Civil Veterinary Department. Central Provinces & Berar 1925-31 - 1925-1931
Year: 1925
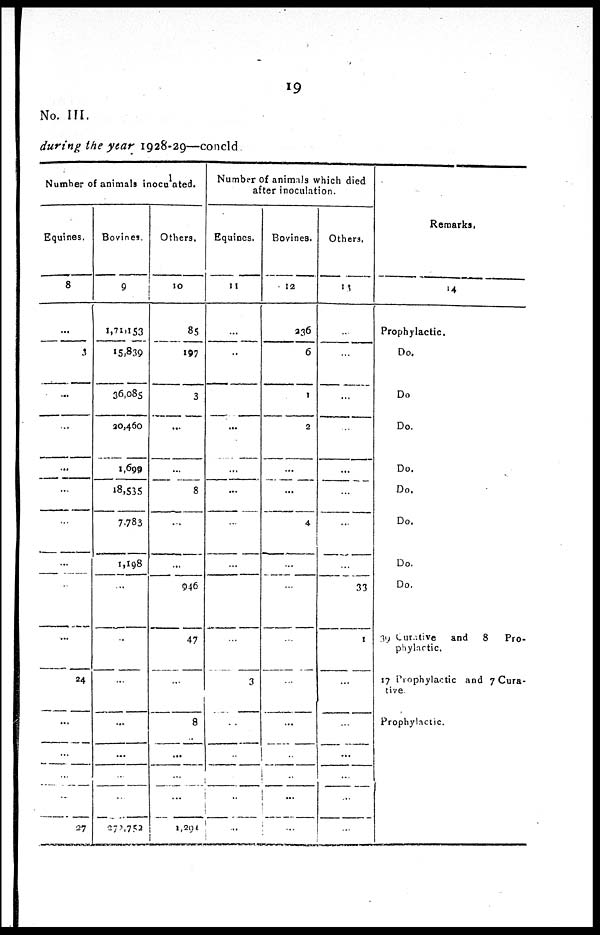
19
No. III.
during the year 1928-29—concld.
Number of animals inoculated.
Equines.
8
...
3
...
...
...
...
...
...
...
...
24
...
...
..
..
27
Bovines.
9
1,71,153
15,839
36,085
20,460
1,699
18,535
7,783
1,198
...
...
...
...
...
..
...
272,752
Others.
10
85
197
3
...
...
8
...
...
946
47
...
8
...
...
...
1,294
Number of animals which died
after inoculation.
Equines.
11
...
...
...
...
...
...
...
...
...
....
3
...
...
...
...
Bovines.
12
236
6
1
2
...
...
4
...
...
...
...
...
..
..
...
...
Others.
13
...
...
...
...
...
...
...
...
33
1
...
...
...
...
...
...
Remarks.
14
Prophylactic.
Do.
Do
Do.
Do.
Do.
Do.
Do.
Do.
39 Curative
and 8
Pro-
phylactic.
17 Prophylactic and 7 Cura-
tive
Prophylactic.